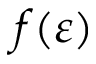
f ( \varepsilon )